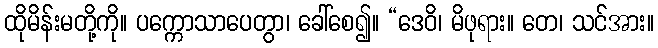
ထိုမိန်းမတို့ကို။ ပက္ကောသာပေတွာ၊ ခေါ်စေ၍။ “ဒေဝိ၊ မိဖုရား။ တေ၊ သင်အား။